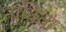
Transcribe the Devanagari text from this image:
नाविता